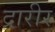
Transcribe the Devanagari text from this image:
द्रारीर